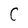
Character: C